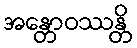
အန္တောဝဿန္တိ